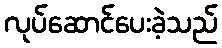
လုပ်ဆောင်ပေးခဲ့သည်